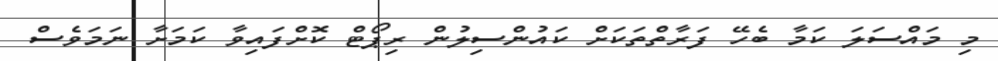
މި މައްސަލަ ކަމާ ބެހޭ ފަރާތްތަކަށް ކައުންސިލުން ރިޕޯޓް ކޮށްފައިވާ ކަމަށާ ނަމަވެސް